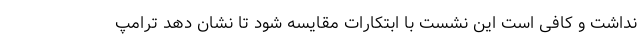
نداشت و کافی است این نشست با ابتکارات مقایسه شود تا نشان دهد ترامپ